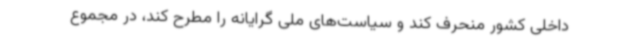
داخلی کشور منحرف کند و سیاست‌های ملی گرایانه را مطرح کند، در مجموع